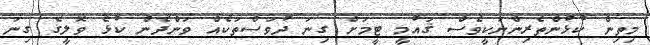
މިތިން ކުޅުންތެރިންނަކީވެސް ޤައުމީ ޓީމަށް ގިނަ ދުވަސްތަކެއް ވަންދެން ކުޅެ ވޮލީގެ ގިނަ